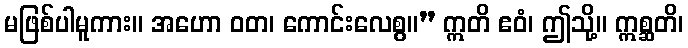
မဖြစ်ပါမူကား။ အဟော ဝတ၊ ကောင်းလေစွ။” ဣတိ ဧဝံ၊ ဤသို့။ ဣစ္ဆတိ၊